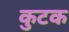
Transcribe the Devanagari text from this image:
कुटक